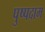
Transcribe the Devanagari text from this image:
पुष्पदाम